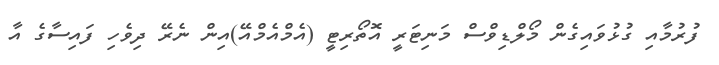
ފުރުމާއި ގުޅުވައިގެން މޯލްޑިވްސް މަނިޓަރީ އޮތޯރިޓީ (އެމްއެމްއޭ)އިން ނެރޭ ދިވެހި ފައިސާގެ އާ